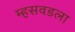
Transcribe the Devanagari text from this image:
म्हसवडला